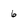
Character: 6